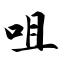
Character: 咀